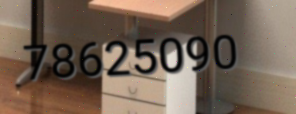
78625090